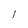
Character: l